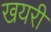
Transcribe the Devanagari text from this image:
खयरी